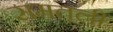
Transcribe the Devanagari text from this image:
समतली